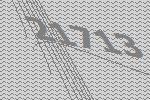
21713